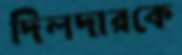
দিলদারকে